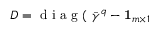
D = \mathrm { ~ d ~ i ~ a ~ g ~ ( ~ } \bar { \gamma } ^ { q } - \mathbf { 1 } _ { m \times 1 }